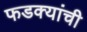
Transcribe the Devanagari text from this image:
फडक्यांची